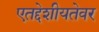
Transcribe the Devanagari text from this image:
एतद्देशीयतेवर